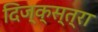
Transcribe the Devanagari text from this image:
दिज्क्स्त्रा